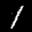
Label: 1